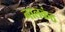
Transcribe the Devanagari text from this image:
नालकंठ